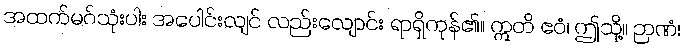
အထက်မဂ်သုံးပါး အပေါင်းလျင် လည်းလျောင်း ရာရှိကုန်၏။ ဣတိ ဧဝံ၊ ဤသို့။ ဉာဏံ၊